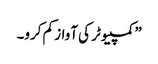
” کمپیوٹر کی آواز کم کرو۔